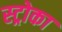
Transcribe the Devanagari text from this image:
स्ट्रोका